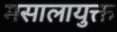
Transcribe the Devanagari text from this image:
मसालायुक्त